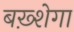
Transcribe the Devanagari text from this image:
बख़्शेगा